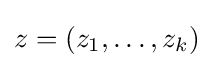
z=(z_{1},\ldots ,z_{k})